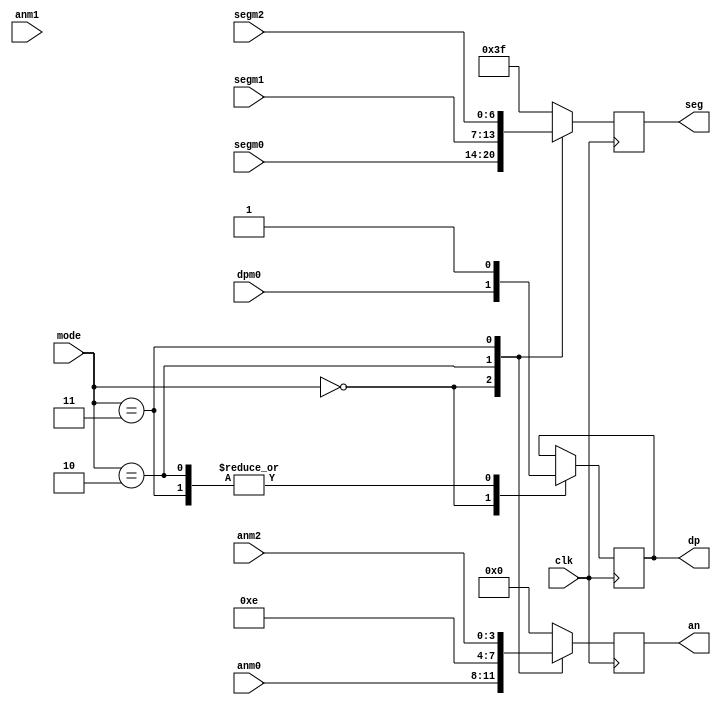
//Display multiplexer module
// Created by Jacob Ellington

module dispMux(
    input clk,
	input [1:0] mode,
	input [6:0] segm0,
	input [6:0] segm1,
	input [6:0] segm2,
	input [3:0] anm0,
	input [3:0] anm1,
	input [3:0] anm2,
	input dpm0,
	output reg [6:0] seg,
	output reg [3:0] an,
	output reg dp
);
always @ (negedge clk) begin
case (mode)
0: begin
    seg = segm0;
    an = anm0;
    dp = dpm0;
    end
2: begin
    seg = segm1;
    an = 4'b1110;
    dp =1;
    end
3: begin
    seg = segm2;
    an = anm2;
    dp =1;
    end
default://illegal state
    begin
    seg = 7'b0111111;
    an = 4'b0000;
    end
endcase
end
endmodule